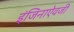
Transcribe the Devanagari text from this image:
इंजिनाऐवजी